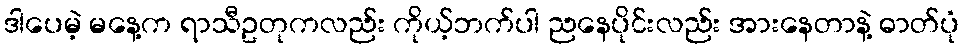
ဒါပေမဲ့ မနေ့က ရာသီဥတုကလည်း ကိုယ့်ဘက်ပါ ညနေပိုင်းလည်း အားနေတာနဲ့ ဓာတ်ပုံ